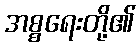
အစ္စရေးတို့၏